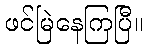
ဖင်မြဲနေကြပြီ။